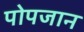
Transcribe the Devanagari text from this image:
पोपजान